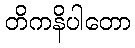
တိကနိပါတော